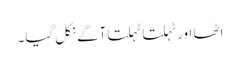
اٹھا اور ٹہلتا ٹہلتا آگے نکل گیا۔